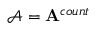
\mathcal { A } = \mathbf { A } ^ { c o u n t }